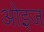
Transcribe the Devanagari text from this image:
ओइज